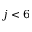
j < 6